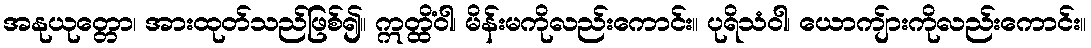
အနုယုတ္တော၊ အားထုတ်သည်ဖြစ်၍။ ဣတ္ထိံဝါ၊ မိန်းမကိုလည်းကောင်း။ ပုရိသံဝါ၊ ယောကျ်ားကိုလည်းကောင်း။